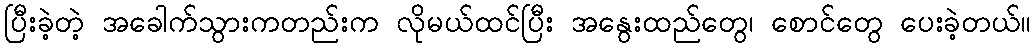
ပြီးခဲ့တဲ့ အခေါက်သွားကတည်းက လိုမယ်ထင်ပြီး အနွေးထည်တွေ၊ စောင်တွေ ပေးခဲ့တယ်။